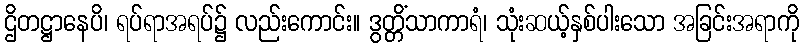
ဌိတဋ္ဌာနေပိ၊ ရပ်ရာအရပ်၌ လည်းကောင်း။ ဒွတ္တိံသာကာရံ၊ သုံးဆယ့်နှစ်ပါးသော အခြင်းအရာကို